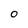
Character: 0